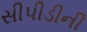
સીપીડીની